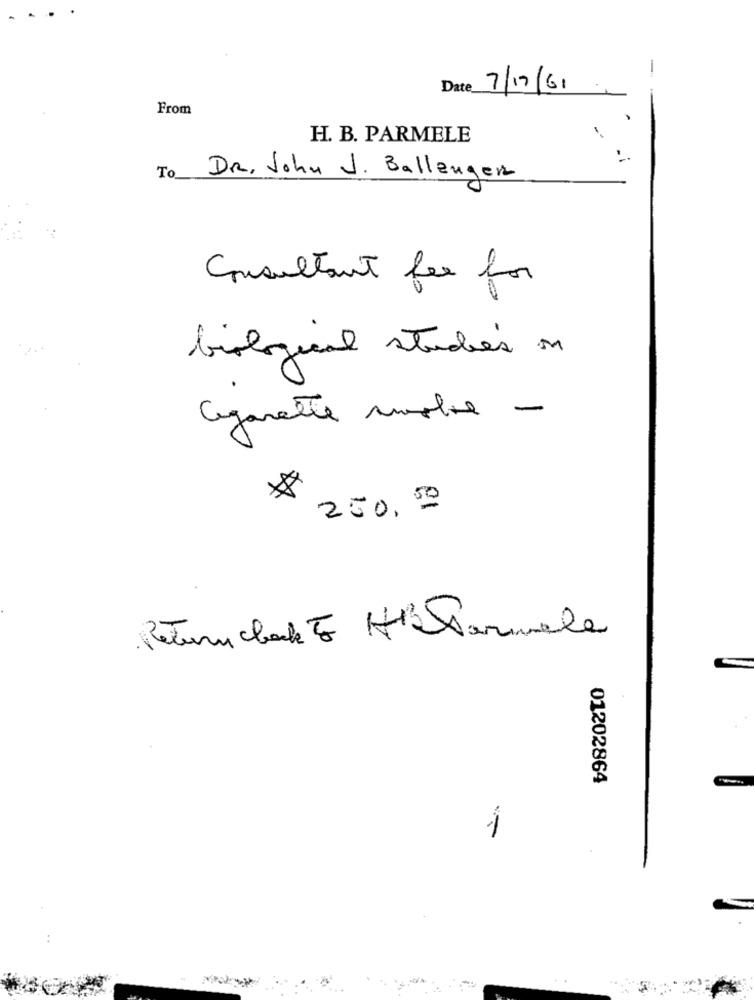
-
Date
7/12/61
From
H. B. PARMELE
To
DR. John J. Ballenger
Consultant fee for
biological studies on
Cigarette suole -
250, 00
Return check To Ht Parmale
01202864
1